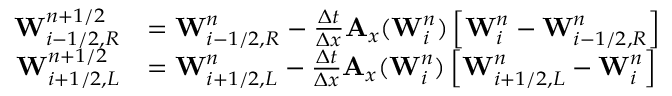
\begin{array} { r l } { \mathbf { W } _ { i - 1 / 2 , R } ^ { n + 1 / 2 } } & { = \mathbf { W } _ { i - 1 / 2 , R } ^ { n } - \frac { \Delta t } { \Delta x } \mathbf { A } _ { x } ( \mathbf { W } _ { i } ^ { n } ) \left[ \mathbf { W } _ { i } ^ { n } - \mathbf { W } _ { i - 1 / 2 , R } ^ { n } \right] } \\ { \mathbf { W } _ { i + 1 / 2 , L } ^ { n + 1 / 2 } } & { = \mathbf { W } _ { i + 1 / 2 , L } ^ { n } - \frac { \Delta t } { \Delta x } \mathbf { A } _ { x } ( \mathbf { W } _ { i } ^ { n } ) \left[ \mathbf { W } _ { i + 1 / 2 , L } ^ { n } - \mathbf { W } _ { i } ^ { n } \right] } \end{array}